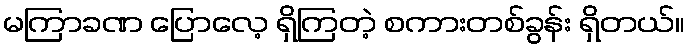
မကြာခဏ ပြောလေ့ ရှိကြတဲ့ စကားတစ်ခွန်း ရှိတယ်။